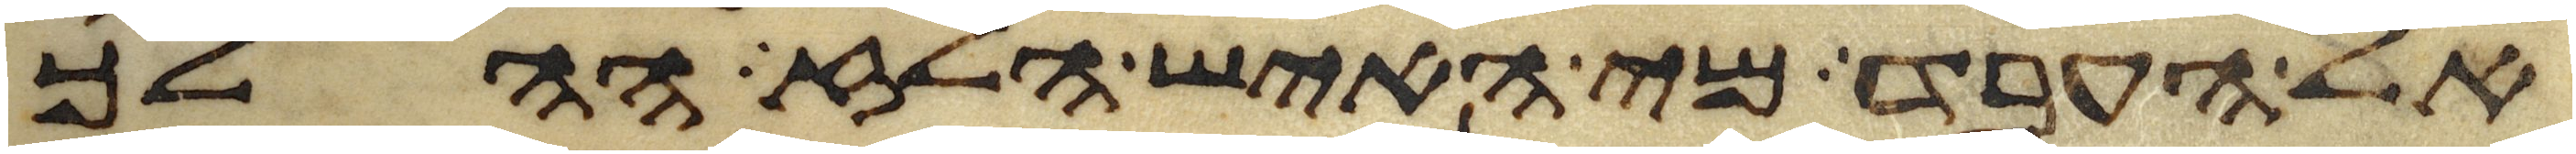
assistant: אל העבד מי האיש הלז ההלך